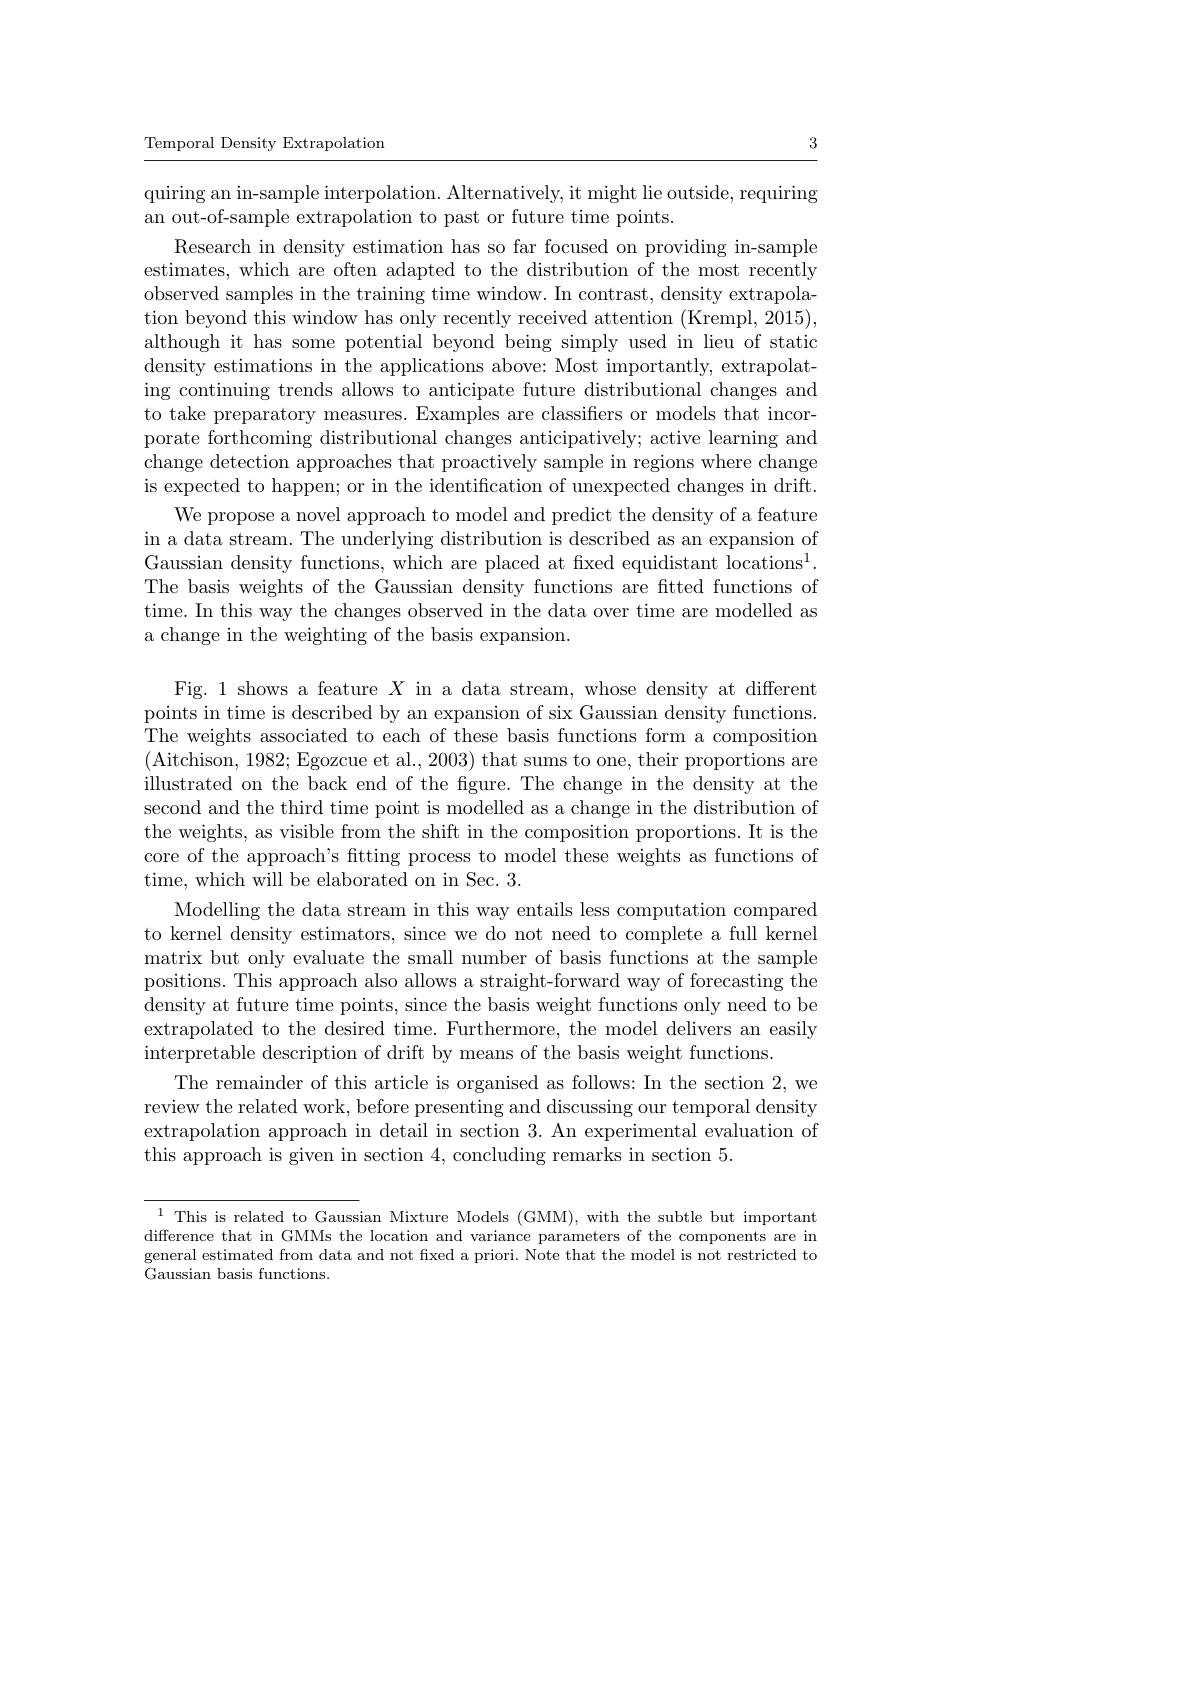
3

Temporal Density Extrapolation

quiring an in-sample interpolation. Alternatively, it might lie outside, requiring
an out-of-sample extrapolation to past or future time points.
Research in density estimation has so far focused on providing in-sample estimates, which are often adapted to the distribution of the most recently observed samples in the training time window. In contrast, density extrapolation beyond this window has only recently received attention (Krempl, 2015), although it has some potential beyond being simply used in lieu of static density estimations in the applications above: Most importantly, extrapolating continuing trends allows to anticipate future distributional changes and to take preparatory measures. Examples are classifiers or models that incorporate forthcoming distributional changes anticipatively; active learning and change detection approaches that proactively sample in regions where change is expected to happen; or in the identification of unexpected changes in drift.
We propose a novel approach to model and predict the density of a feature in a data stream. The underlying distribution is described as an expansion of Gaussian density functions, which are placed at fixed equidistant locations$^1.$ The basis weights of the Gaussian density functions are fitted functions of time. In this way the changes observed in the data over time are modelled as a change in the weighting of the basis expansion.

Fig.1 shows a feature $X$ in a data stream, whose density at different points in time is described by an expansion of six Gaussian density functions. The weights associated to each of these basis functions form a composition (Aitchison, 1982; Egozcue et al., 2003) that sums to one, their proportions are illustrated on the back end of the fgure. The change in the density at the second and the third time point is modelled as a change in the distribution of the weights, as visible from the shift in the composition proportions. It is the core of the approach's fitting process to model these weights as functions of time, which will be elaborated on in Sec. 3.
Modelling the data stream in this way entails less computation compared to kernel density estimators, since we do not need to complete a full kernel matrix but only evaluate the small number of basis functions at the sample positions. This approach also allows a straight-forward way of forecasting the density at future time points, since the basis weight functions only need to be extrapolated to the desired time. Furthermore, the model delivers an easily interpretable description of drift by means of the basis weight functions.
The remainder of this article is organised as follows: In the section 2, we review the related work, before presenting and discussing our temporal density extrapolation approach in detail in section 3. An experimental evaluation of this approach is given in section 4,concluding remarks in section 5.

$^{1}$ This is related to Gaussian Mixture Models (GMM), with the subtle but important difference that in GMMs the location and variance parameters of the components are in general estimated from data and not fixed a priori. Note that the model is not restricted to Gaussian basis functions.